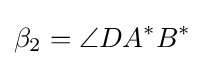
\beta _{2}=\angle DA^{*}B^{*}\!